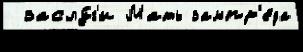
 заслу́г'и Мать зампр'е́да